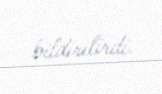
bildirilirdi.